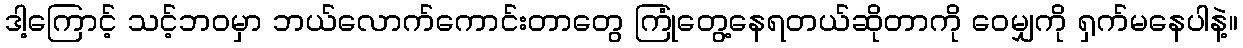
ဒါ့ကြောင့် သင့်ဘဝမှာ ဘယ်လောက်ကောင်းတာတွေ ကြုံတွေ့နေရတယ်ဆိုတာကို ဝေမျှကို ရှက်မနေပါနဲ့။